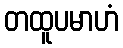
တထူပမာဟံ